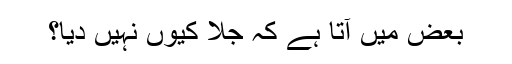
بعض میں آتا ہے کہ جلا کیوں نہیں دیا؟